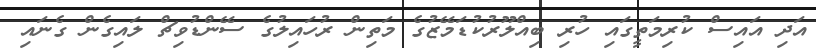
އަދި އައިސް ކުރިމަތީގައި ހުރި ބިއްލޫރުކުޑަމޭޒުގެ މަތިން ރުހައިލުގެ ސޭންޑުވިޗް ލައިގެން ގެނައި